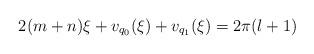
LaTeX: \begin{align*}2(m+n)\xi + v_{q_0}(\xi) +v_{q_1}(\xi)= 2\pi (l+1)\end{align*}